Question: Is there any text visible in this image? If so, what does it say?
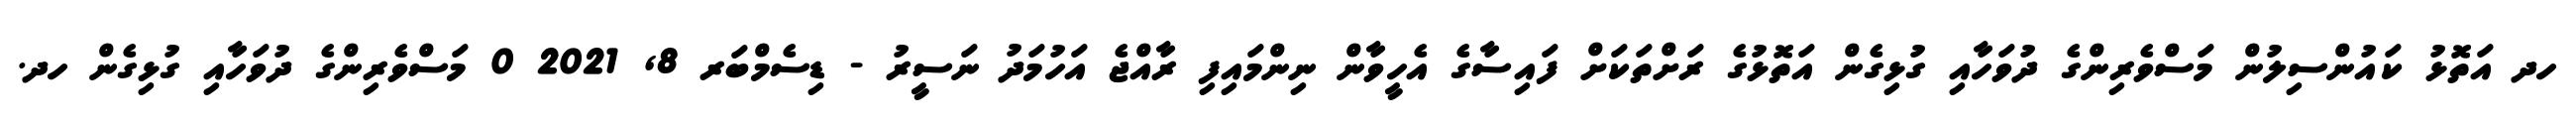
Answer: ހދ އަތޮޅު ކައުންސިލުން މަސްވެރިންގެ ދުވަހާއި ގުޅިގެން އަތޮޅުގެ ރަށްތަކަށް ފައިސާގެ އެހީވާން ނިންމައިފި ރާއްޖެ އަހުމަދު ނަސީރު - ޑިސެމްބަރ 8, 2021 0 މަސްވެރިންގެ ދުވަހާއި ގުޅިގެން ހދ.